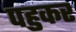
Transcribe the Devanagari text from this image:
पहुकर